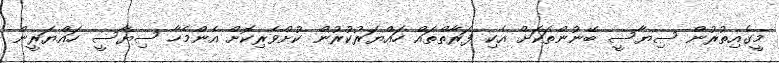
މީގެއިތުރުން ސިޔާސީ ބޭނުންތަކަށް އެކި ފަރާތްތައް ހައްޔަރުކުރުން ކުށްވެރިކޮށް އެންމެހާ ސިޔާސީ ހައްޔަރީން